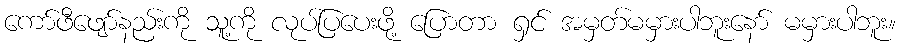
ကော်ဖီဖျော်နည်းကို သူ့ကို လုပ်ပြပေးဖို့ ပြောတာ ရှင် အမှတ်မမှားပါဘူးနော် မမှားပါဘူး။